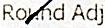
ROUND ADJ